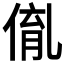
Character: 𠋃